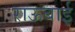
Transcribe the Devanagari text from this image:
राऊबाई